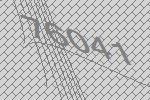
76041